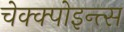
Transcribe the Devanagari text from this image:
चेक्क्पोइन्त्स